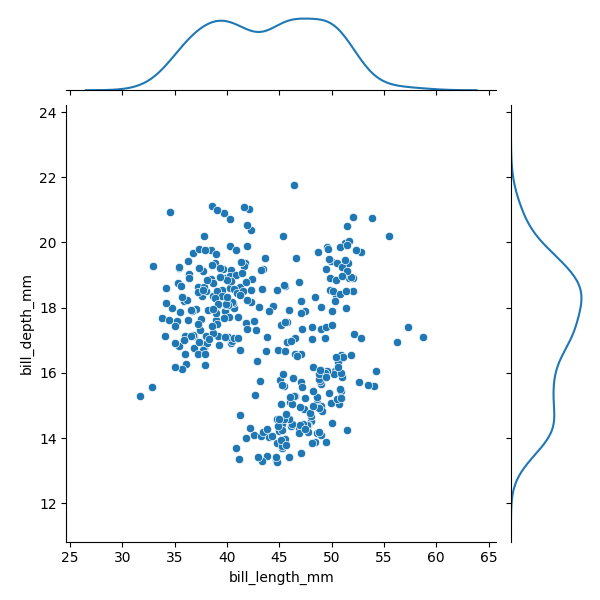
python, seaborn, JointGrid, scatterplot, kdeplot